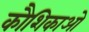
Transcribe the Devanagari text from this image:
कौशिकाओ